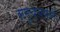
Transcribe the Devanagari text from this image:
समुच्चयाने